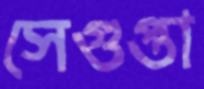
সেগুপ্তা